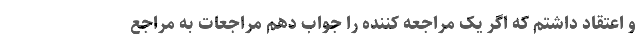
و اعتقاد داشتم که اگر یک مراجعه کننده را جواب دهم مراجعات به مراجع